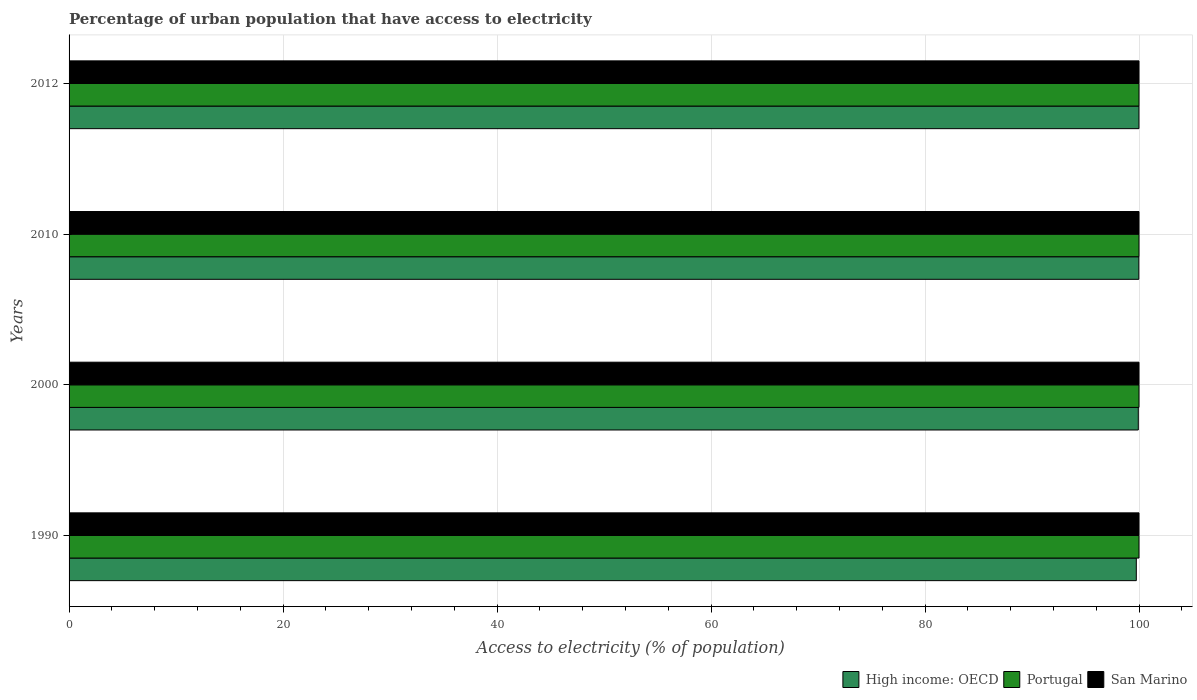
| Years | High income: OECD | Portugal | San Marino |
 | --- | --- | --- | --- |
 | 1990 | 99.7 | 100 | 100 |
 | 2000 | 99.9 | 100 | 100 |
 | 2010 | 100 | 100 | 100 |
 | 2012 | 100 | 100 | 100 |